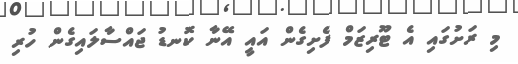
މި ރަށުގައި އެ ޓޫރިޒަމް ފެށިގެން އައީ އޭނާ ކޮނޑު ޖައްސާލައިގެން ހުރި